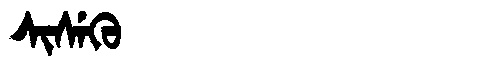
Manchu: ᠰᡳᠰᡝᡴᡠ
Romanization: SISEKU